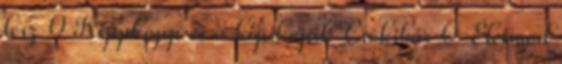
lesz 0 Kippkopp és a kipikopik Csokibár 0 Életmód